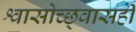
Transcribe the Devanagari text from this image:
श्वासोच्छ्वासही